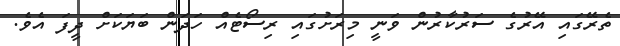
ތެރޭގައި އޭރުގެ ސަރުކާރުން ވަނީ މިރަށުގައި ރިސޯޓެއް ހަދަން ބަޔަކަށް ދީފަ އެވެ.